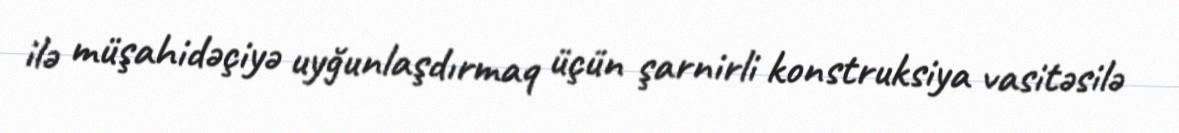
ilə müşahidəçiyə uyğunlaşdırmaq üçün şarnirli konstruksiya vasitəsilə